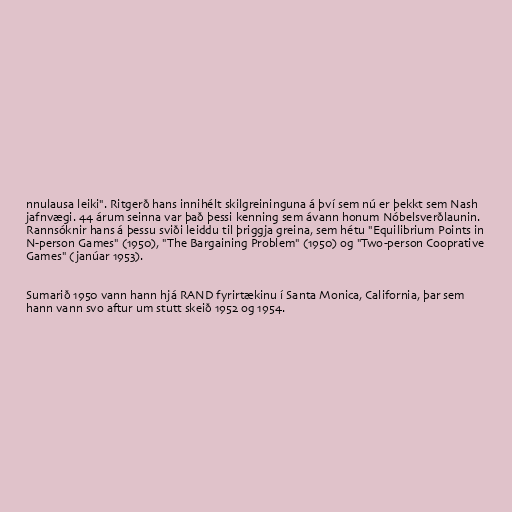
nnulausa leiki". Ritgerð hans innihélt skilgreininguna á því sem nú er þekkt sem Nash
jafnvægi. 44 árum seinna var það þessi kenning sem ávann honum Nóbelsverðlaunin.
Rannsóknir hans á þessu sviði leiddu til þriggja greina, sem hétu "Equilibrium Points in
N-person Games" (1950), "The Bargaining Problem" (1950) og "Two-person Cooprative
Games" (janúar 1953).

Sumarið 1950 vann hann hjá RAND fyrirtækinu í Santa Monica, California, þar sem
hann vann svo aftur um stutt skeið 1952 og 1954.